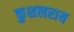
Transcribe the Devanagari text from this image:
कुशलराय